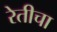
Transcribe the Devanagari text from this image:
रेतीचा